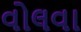
વોલવા